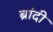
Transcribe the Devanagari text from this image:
ब्रांदी